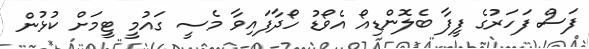
ފަސް ފަހަރުގެ ފީފާ ބެލޮންޑިއޯ އެވޯޑު ހޯދާފައިވާ މެސީ ގައުމީ ޓީމަށް ކުޅުން